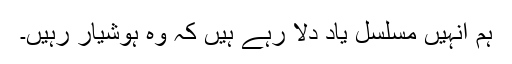
ہم انہیں مسلسل یاد دلا رہے ہیں کہ وہ ہوشیار رہیں۔